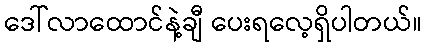
ဒေါ်လာထောင်နဲ့ချီ ပေးရလေ့ရှိပါတယ်။